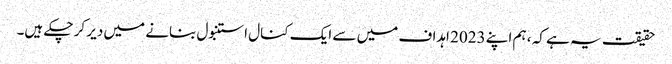
حقیقت یہ ہے کہ ، ہم اپنے 2023 اہداف میں سے ایک کنال استنبول بنانے میں دیر کر چکے ہیں۔